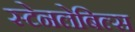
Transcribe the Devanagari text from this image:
स्टेनलेबिल्स